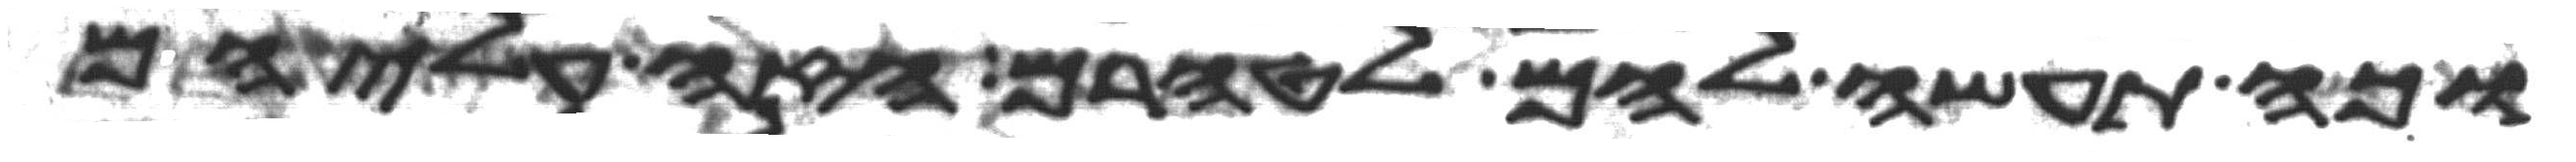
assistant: וכה תעשה להם לטהרם הזי עליהם